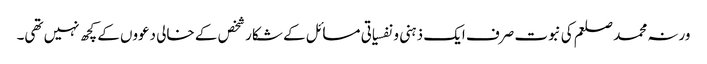
ورنہ محمد صلعم کی نبوت صرف ایک ذہنی و نفسیاتی مسائل کے شکار شخص کے خالی دعووں کے کچھ نہیں تھی۔